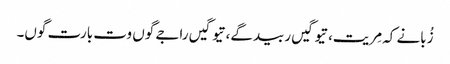
زُبانے کہ مِریت، تیوگیں ربیدگے، تیوگیں راجے گوں وت بارت گوں۔